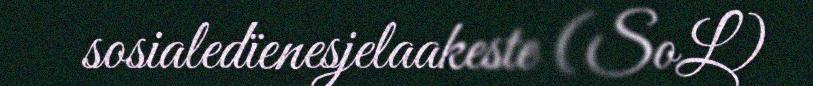
sosialedïenesjelaakeste (SoL)